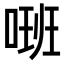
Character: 𠺚